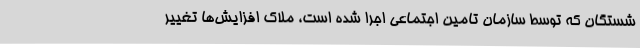
شستگان که توسط سازمان تامین اجتماعی اجرا شده است، ملاک افزایش‌ها تغییر